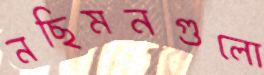
নছিমনগুলো